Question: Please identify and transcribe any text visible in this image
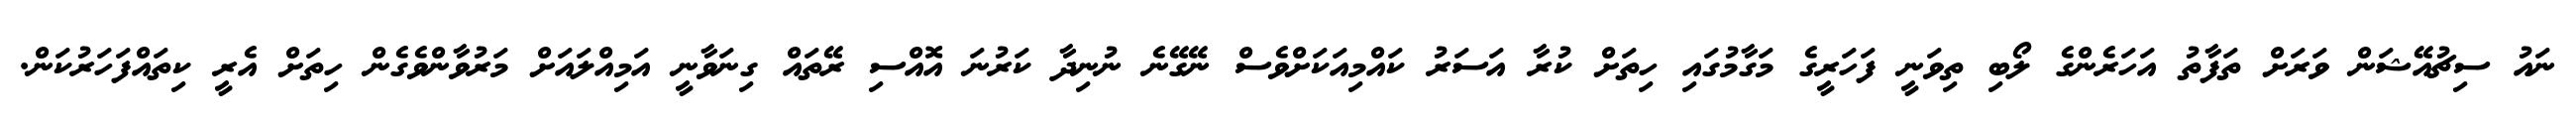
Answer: ނައު ސިޗުއޭޝަން ވަރަށް ތަފާތު އަހަރެންގެ ލޯބި ތިވަނީ ފަހަރީގެ މަގާމުގައި ހިތަށް ކުރާ އަސަރު ކައްމިއަކަށްވެސް ނޭގޭނެ ނުނިދާ ކަރުނަ އޮއްސި ރޭތައް ގިނަވާނީ އަމިއްލައަށް މަރުވާންވެގެން ހިތަށް އެރީ ކިތައްފަހަރުކަން.